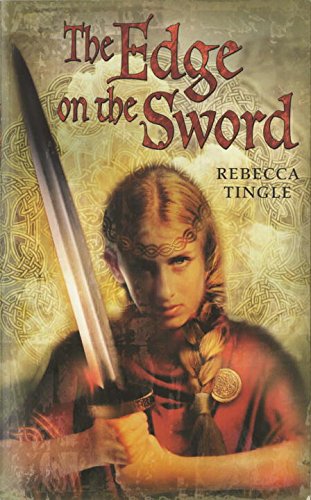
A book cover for The Edge on the Sword; Rebecca Tingle; Teen & Young Adult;